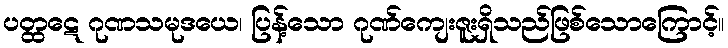
ပတ္ထဋေ ဂုဏသမုဒယေ၊ ပြန့်သော ဂုဏ်ကျေးဇူးရှိသည်ဖြစ်သောကြောင့်။